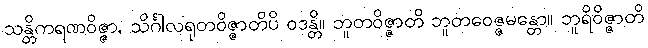
သန္တိကရဏဝိဇ္ဇာ, သိင်္ဂါလရုတဝိဇ္ဇာတိပိ ဝဒန္တိ။ ဘူတဝိဇ္ဇာတိ ဘူတဝေဇ္ဇမန္တော။ ဘူရိဝိဇ္ဇာတိ